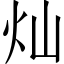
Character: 灿